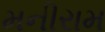
મનીરામ